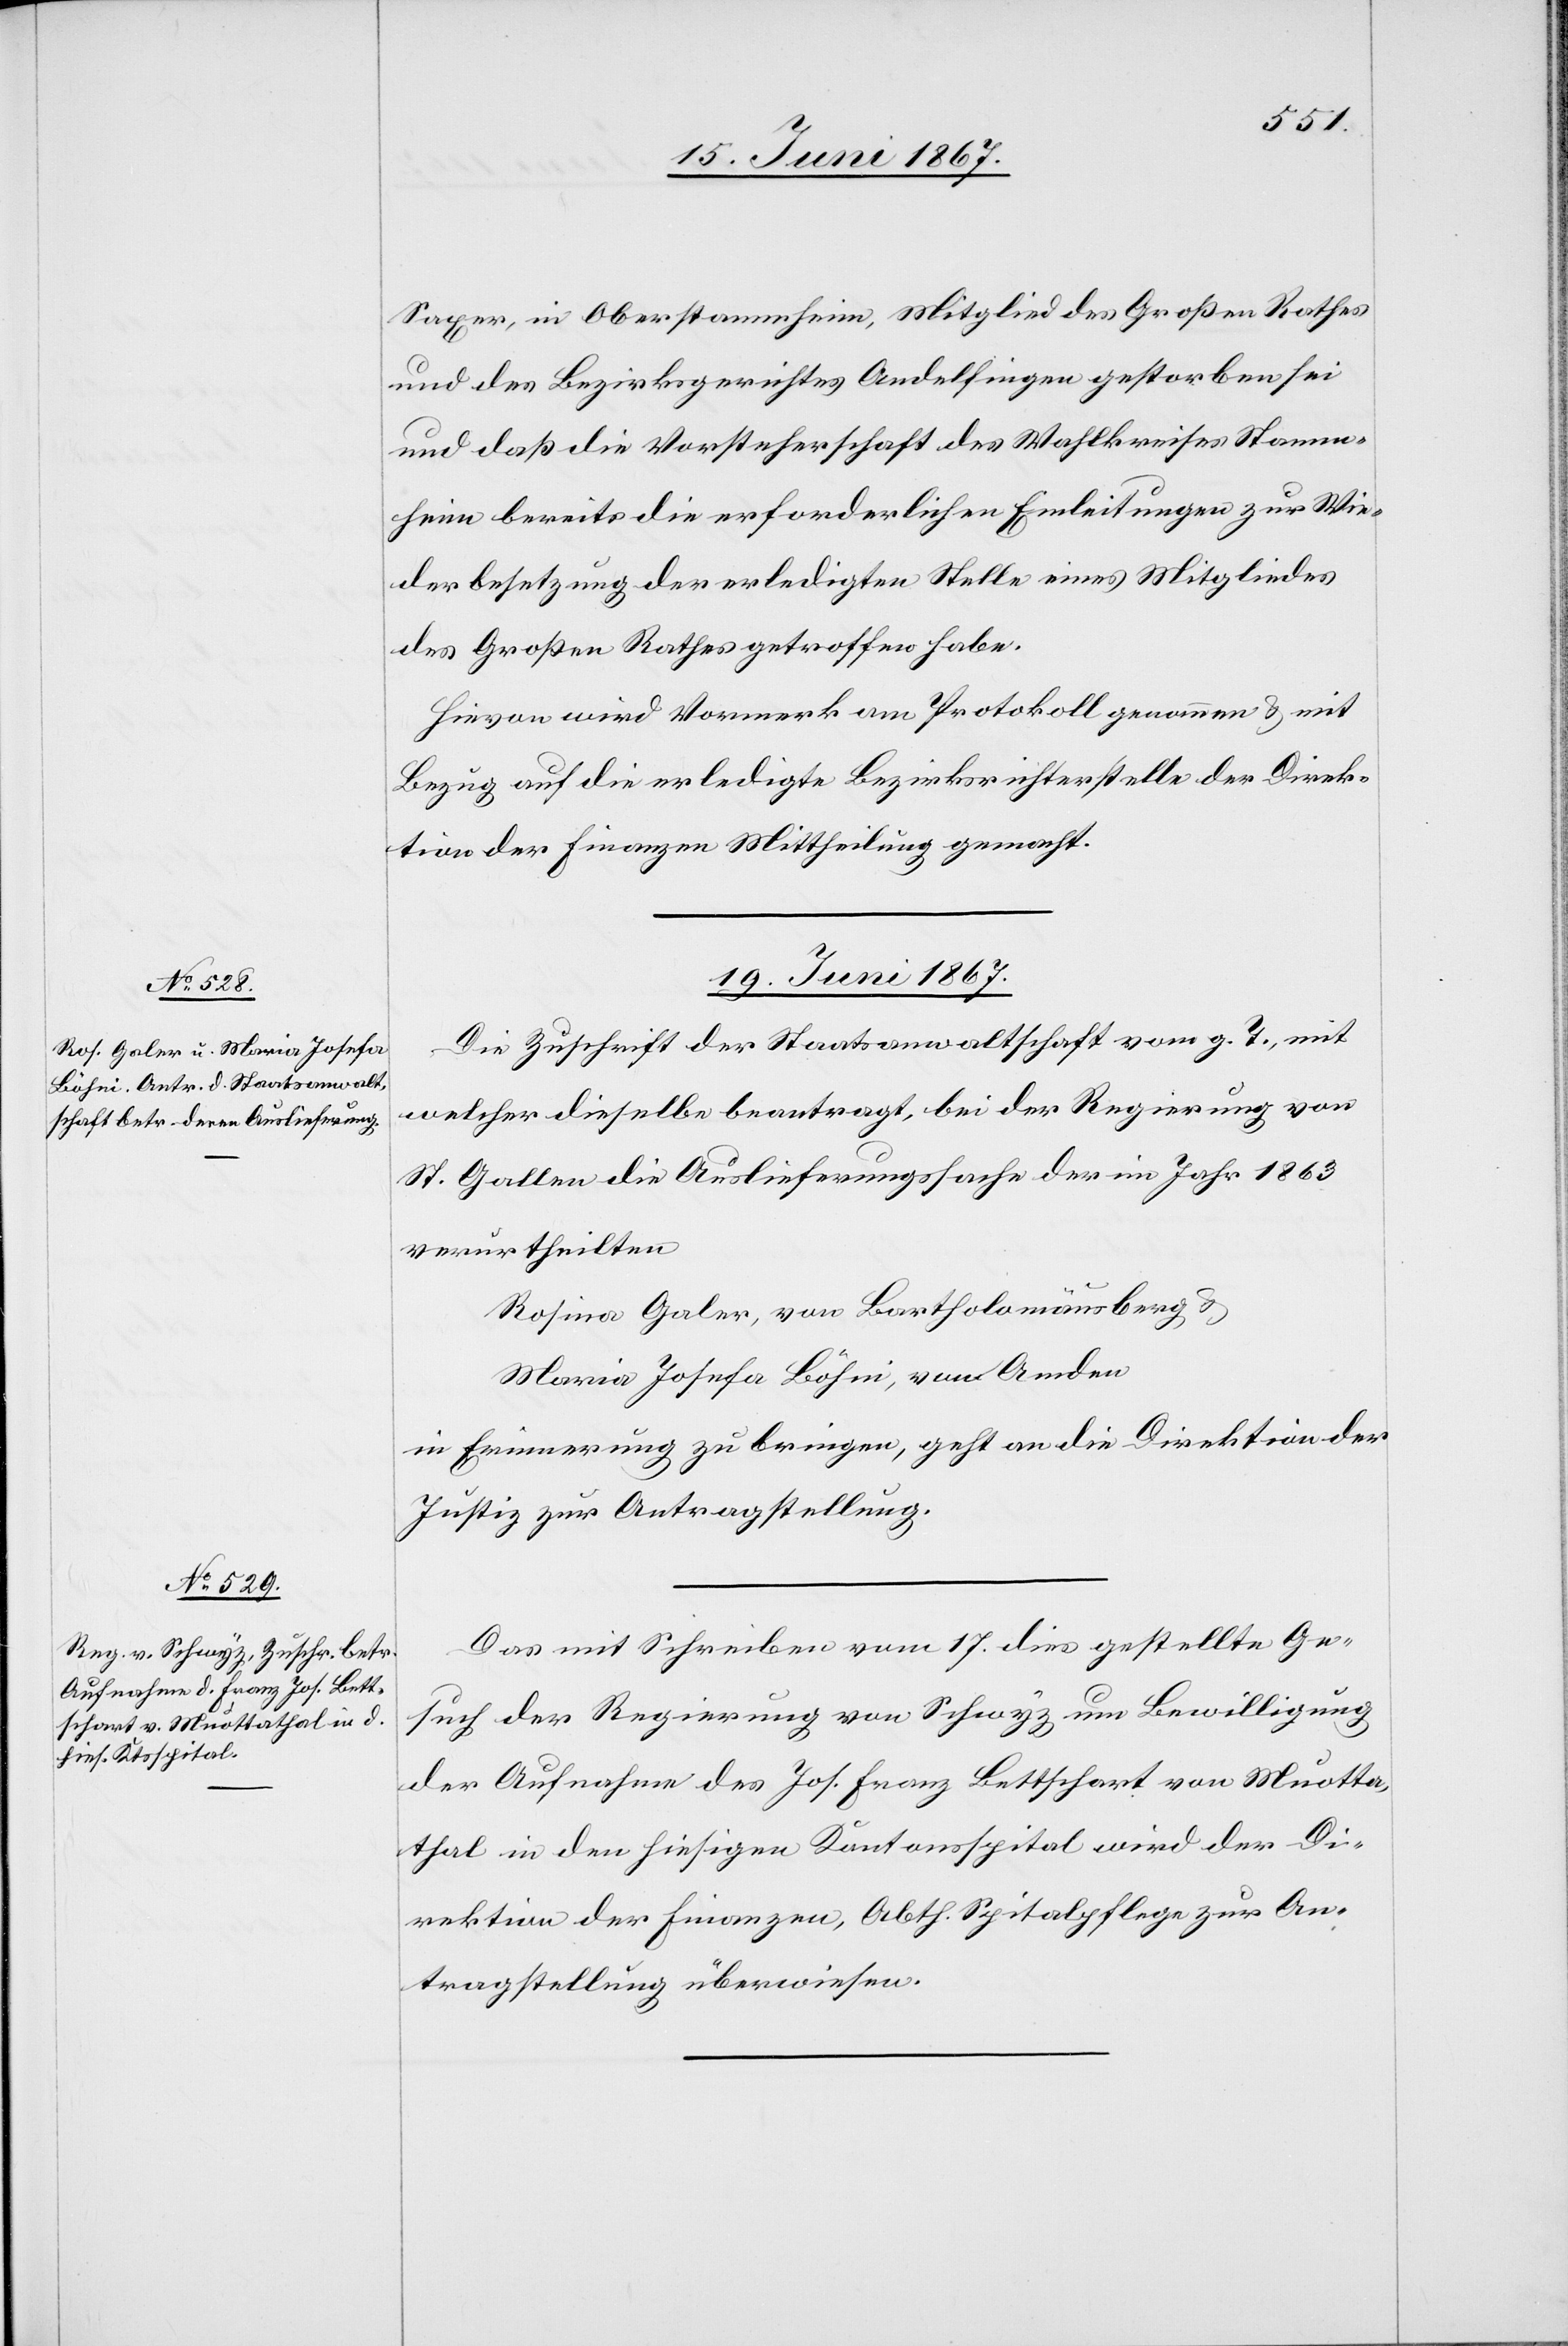
Saxer, in Oberstammheim, Mitglied des Großen Rathes
und des Bezirksgerichtes Andelfingen gestorben sei
und daß die Vorsteherschaft des Wahlkreises Stamm¬
heim bereits die erforderlichen Einleitungen zur Wie¬
derbesetzung der erledigten Stelle eines Mitgliedes
des Großen Rathes getroffen habe.
Hievon wird Vormerk am Protokoll genommen u. mit
Bezug auf die erledigte Bezirksrichterstelle der Direk¬
tion der Justiz Mittheilung gemacht.
19. Juni 1867.]
Die Zuschrift der Staatsanwaltschaft vom g. T., mit
welcher dieselbe beantragt, bei der Regierung von
St. Gallen die Auslieferungssache der im Jahr 1863
verurtheilten
Rosina Galer, von Bartholomäusberg u.
Maria Josefa Böhni [sic!], von Amden
in Erinnerung zu bringen, geht an die Direktion der
Justiz zur Antragstellung.
Das mit Schreiben vom 17. dies gestellte Ge¬
such der Regierung von Schwyz um Bewilligung
der Aufnahme des Jos. Franz Bettschart [sic!] von Muotha¬
thal in den hiesigen Kantonsspital wird der Di¬
rektion der Finanzen, Abth. Spitalpflege zur An¬
tragstellung überwiesen.